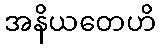
အနိယတေဟိ